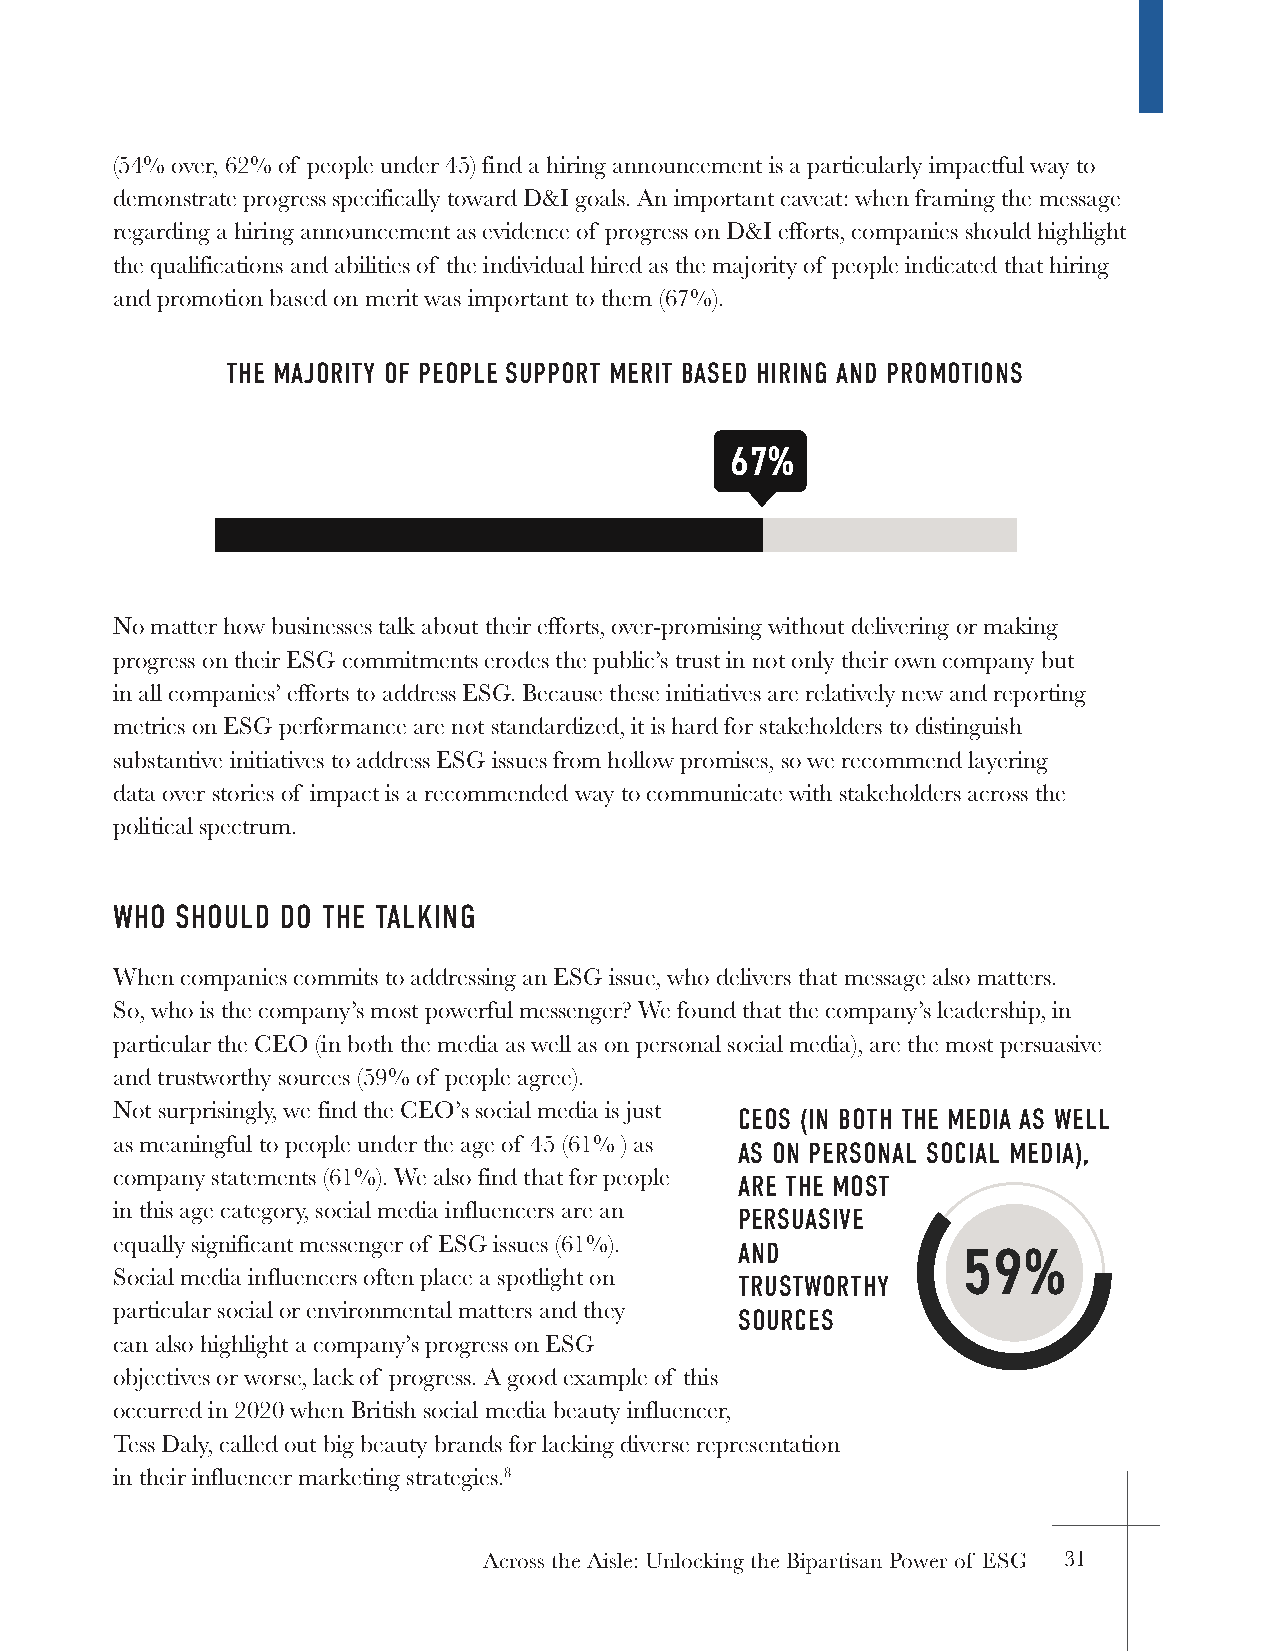
(54% over, 62% of people under 45) find a hiring announcement is a particularly impactful way to
 demonstrate progress specifically toward D&I goals. An important caveat: when framing the message
 regarding a hiring announcement as evidence of progress on D&I efforts, companies should highlight
 the qualifications and abilities of the individual hired as the majority of people indicated that hiring
 and promotion based on merit was important to them (67%).
 THE MAJORITY OF PEOPLE SUPPORT MERIT BASED HIRING AND PROMOTIONS
 67%
 HIRING  MERIT
 No matter how businesses talk about their efforts, over-promising without delivering or making
 progress on their ESG commitments erodes the public’s trust in not only their own company but
 in all companies’ efforts to address ESG. Because these initiatives are relatively new and reporting
 metrics on ESG performance are not standardized, it is hard for stakeholders to distinguish
 substantive initiatives to address ESG issues from hollow promises, so we recommend layering
 data over stories of impact is a recommended way to communicate with stakeholders across the
 political spectrum.
 WHO  SHOULD DO THE TALKING
 When companies commits to addressing an ESG issue, who delivers that message also matters.
 So, who is the company’s most powerful messenger? We found that the company’s leadership, in
 particular the CEO (in both the media as well as on personal social media), are the most persuasive
 and trustworthy sources (59% of people agree).
 Not surprisingly, we find the CEO’s social media is just CEOS (IN BOTH THE MEDIA AS WELL
 as meaningful to people under the age of 45 (61% ) as AS ON PERSONAL SOCIAL MEDIA),
 company statements (61%). We also find that for people ARE THE MOST
 in this age category, social media influencers are an PERSUASIVE
 equally significant messenger of ESG issues (61%). AND   59%
 Social media influencers often place a spotlight on TRUSTWORTHY
 particular social or environmental matters and they SOURCES
 can also highlight a company’s progress on ESG
 objectives or worse, lack of progress. A good example of this
 occurred in 2020 when British social media beauty influencer, PEOPLE AGREE
 Tess Daly, called out big beauty brands for lacking diverse representation
 in their influencer marketing strategies.8
 Across the Aisle: Unlocking the Bipartisan Power of ESG 31